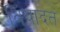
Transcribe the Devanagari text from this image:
विवादत